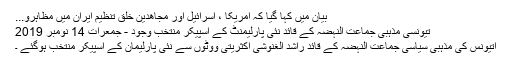
بیان میں کہا گیا کہ امریکا ، اسرائیل اور مجاھدین خلق تنظیم ایران میں مظاہرو...
تیونسی مذہبی جماعت النہضہ کے قائد نئی پارلیمنٹ کے اسپیکر منتخب وجود - جمعرات 14 نومبر 2019
اتیونس کی مذہبی سیاسی جماعت النہضہ کے قائد راشد الغنوشی اکثریتی ووٹوں سے نئی پارلیمان کے اسپیکر منتخب ہوگئے ۔